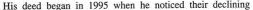
His deed began in 1995 when he noticed their declining